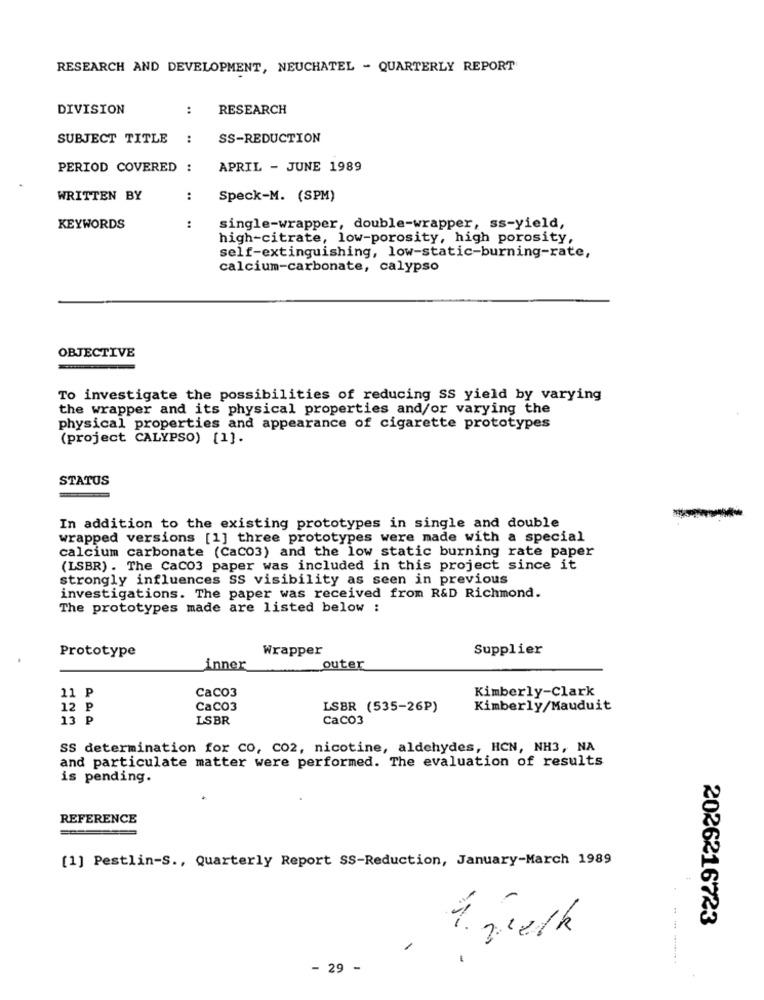
RESEARCH AND DEVELOPMENT, NEUCHATEL - QUARTERLY REPORT
DIVISION
:
RESEARCH
SUBJECT TITLE
:
SS-REDUCTION
PERIOD COVERED
APRIL - JUNE 1989
WRITTEN BY
:
Speck-M. (SPM)
KEYWORDS
:
single-wrapper, double-wrapper, ss-yield,
high-citrate, low-porosity, high porosity,
self-extinguishing, low-static-burning-rate,
calcium-carbonate, calypso
OBJECTIVE
To investigate the possibilities of reducing SS yield by varying
the wrapper and its physical properties and/or varying the
physical properties and appearance of cigarette prototypes
(project CALYPSO) [1].
STATUS
In addition to the existing prototypes in single and double
wrapped versions [1] three prototypes were made with a special
calcium carbonate (Cac03) and the low static burning rate paper
(LSBR) . The CaCO3 paper was included in this project since it
strongly influences SS visibility as seen in previous
investigations. The paper was received from R&D Richmond.
The prototypes made are listed below :
Wrapper
Supplier
Prototype
inner
outer
11 P
Caco3
Kimberly-Clark
12 ₽
CaCO3
LSBR (535-26P)
Kimberly/Mauduit
13 P
LSBR
Caco3
SS determination for CO, CO2, nicotine, aldehydes, HCN, NH3, NA
and particulate matter were performed. The evaluation of results
is pending.
REFERENCE
[1] Pestlin-S ., Quarterly Report SS-Reduction, January-March 1989
2026216723
1. melk
- 29 -